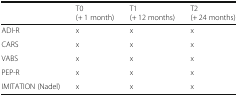
|  | T0 (+ 1 month) | T1 (+ 12 months) | T2 (+ 24 months) |
 | --- | --- | --- | --- |
 | ADI-R | x | x | x |
 | CARS | x | x | x |
 | VABS | x | x | x |
 | PEP-R | x | x | x |
 | IMITATION (Nadel) | x | x | x |